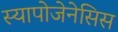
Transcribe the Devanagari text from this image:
स्यापोजेनेसिस